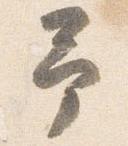
予